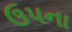
ઉપના